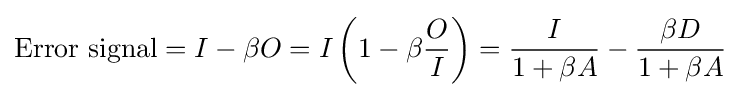
{\text{Error signal}}=I-\beta O=I\left(1-\beta {\frac {O}{I}}\right)={\frac {I}{1+\beta A}}-{\frac {\beta D}{1+\beta A}}\